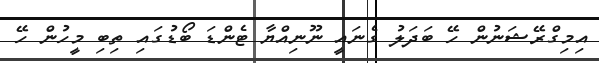
އިމިގްރޭޝަނުން ހޭ ބަދަލު ގެނައީ ނޫނިއްޔާ ޓެންޑަ ބޯޑުގައި ތިބި މީހުން ހޭ